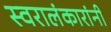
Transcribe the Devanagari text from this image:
स्वरालंकारांनी